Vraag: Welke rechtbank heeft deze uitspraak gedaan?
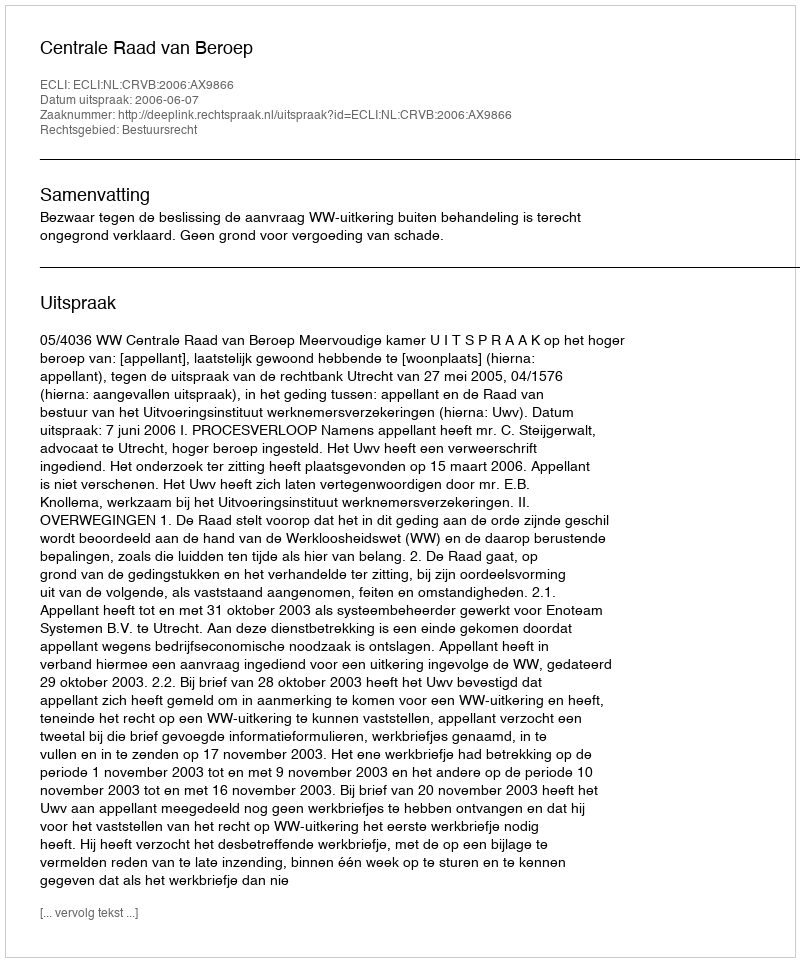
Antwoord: Centrale Raad van Beroep